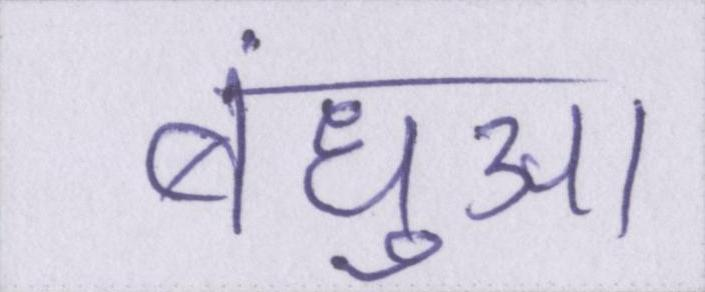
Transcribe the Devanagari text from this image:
बंधुआ